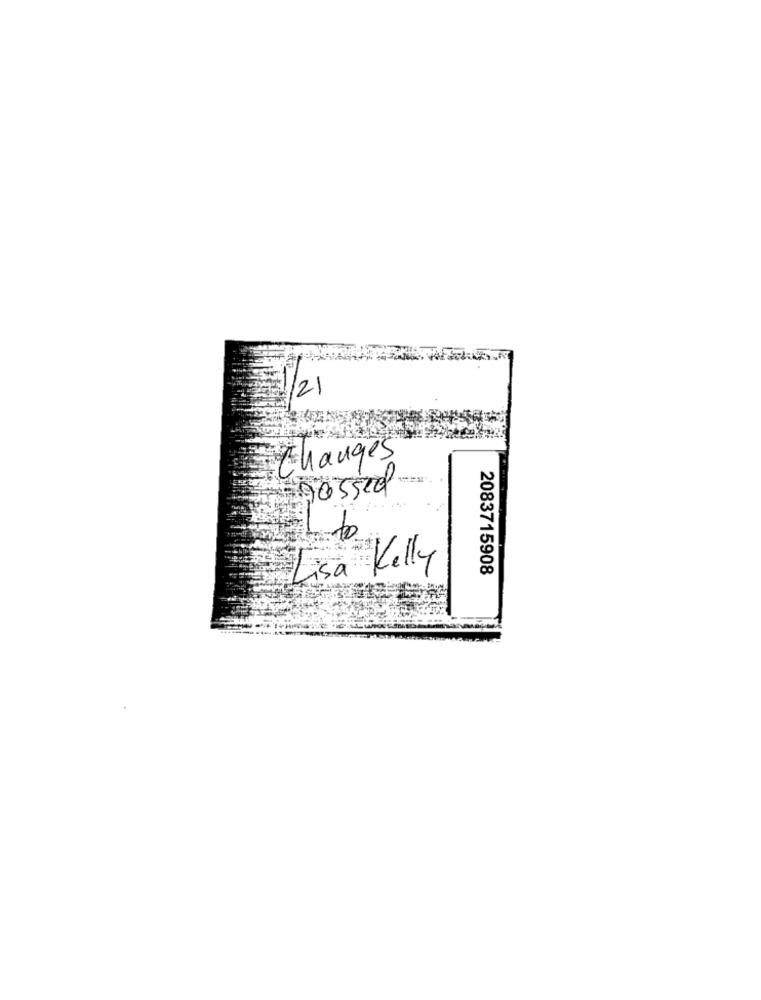
1/21
Changes
Lisa
Kelly
2083715908